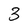
Character: 3